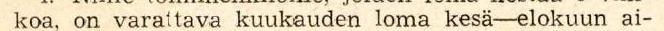
koa, on varatta kuukauden loma kesä−elokuun ai-